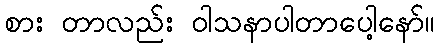
စား တာလည်း ဝါသနာပါတာပေါ့နော်။